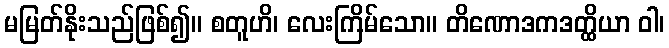
မမြတ်နိုးသည်ဖြစ်၍။ စတူဟိ၊ လေးကြိမ်သော။ တိဏောဒကဒတ္ထိယာ ဝါ၊